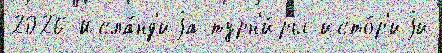
2026 Исла́нд'иjа турн'и́ры исто́р'иjи